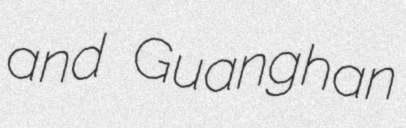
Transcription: and Guanghan